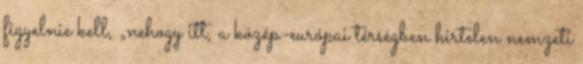
figyelnie kell, „nehogy itt, a közép-európai térségben hirtelen nemzeti